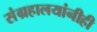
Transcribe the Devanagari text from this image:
संग्रहालयांनीही